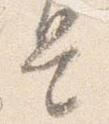
是